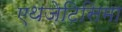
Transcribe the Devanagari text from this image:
एथजेटिसिमा